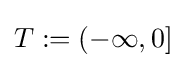
T:=(-\infty ,0]